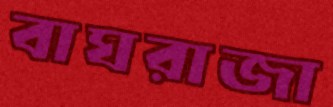
বাঘরাজা